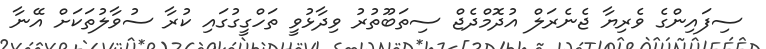
ސިފައިންގެ ވެރިޔާ ޖެނެރަލް އުދޮމްދެޖް ސިތަބޫތުރު ވިދާޅުވީ ތަހްގީގުގައި ކުރާ ސުވާލުތަކަށް އޭނާ